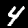
Digit: 4